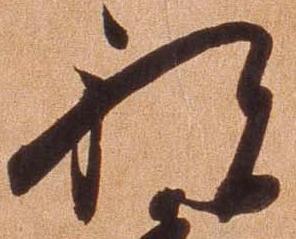
祝